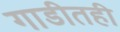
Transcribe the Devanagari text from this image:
गाडीतही